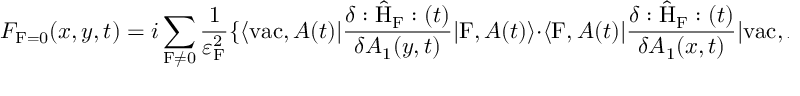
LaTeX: { \cal F } _ { \mathrm { F } = 0 } ( x , y , t ) = i \sum _ { \mathrm { F } \neq 0 } \frac { 1 } { { \varepsilon } _ { \mathrm { F } } ^ { 2 } } \{ \langle \mathrm { v a c } , A ( t ) | \frac { \delta : \hat { \mathrm { H } } _ { \mathrm { F } } : ( t ) } { \delta A _ { 1 } ( y , t ) } | \mathrm { F } , A ( t ) \rangle \cdot \langle \mathrm { F } , A ( t ) | \frac { \delta : \hat { \mathrm { H } } _ { \mathrm { F } } : ( t ) } { \delta A _ { 1 } ( x , t ) } | \mathrm { v a c } , A ( t ) \rangle